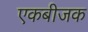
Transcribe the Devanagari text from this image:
एकबीजक